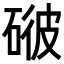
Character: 𥓳